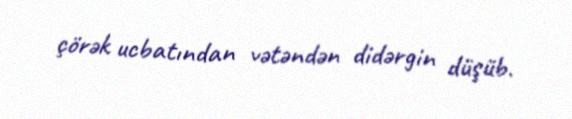
çörək ucbatından vətəndən didərgin düşüb.